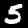
Digit: 5